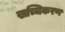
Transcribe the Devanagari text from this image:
खच्चिकरण